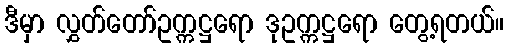
ဒီမှာ လွှတ်တော်ဥက္ကဋ္ဌရော ဒုဥက္ကဋ္ဌရော တွေ့ရတယ်။